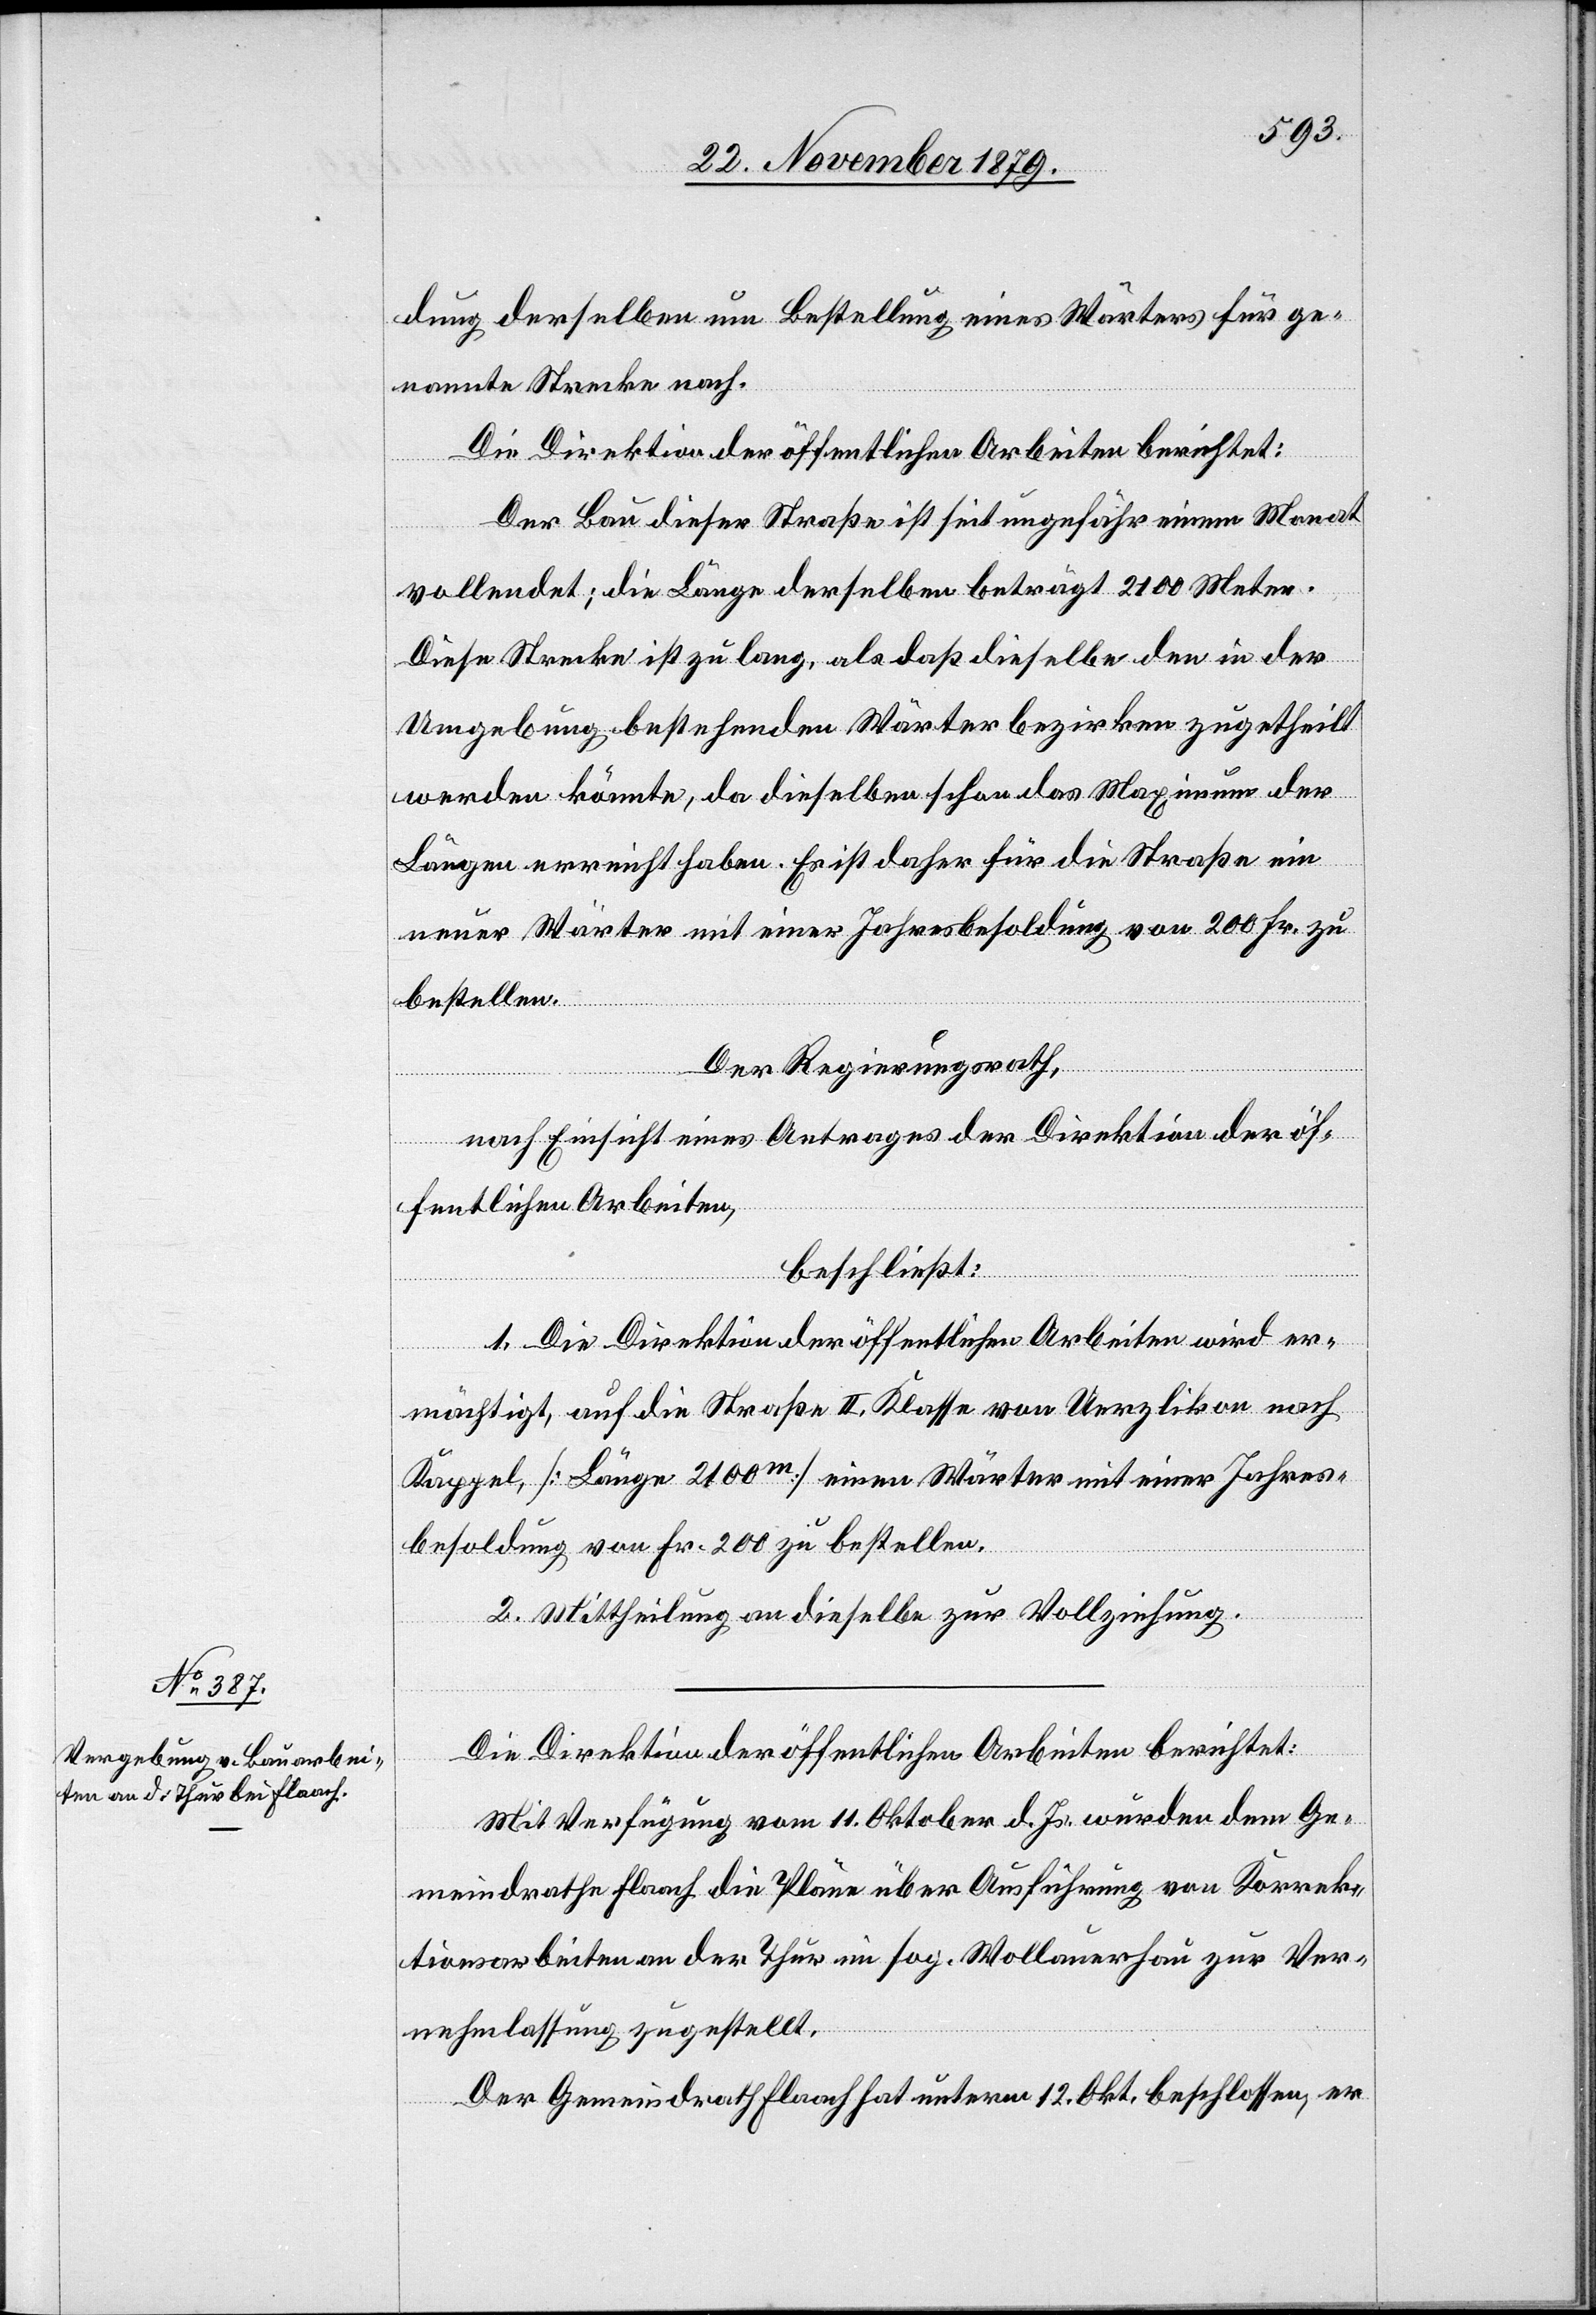
dung derselben um Bestellung eines Wärters für ge¬
nannte Strecke nach.
Die Direktion der öffentlichen Arbeiten berichtet:
Der Bau dieser Straße ist seit ungefähr einem Monat
vollendet; die Länge derselben beträgt 2100 Meter.
Diese Strecke ist zu lang, als daß dieselbe den in der
Umgebung bestehenden Wärterbezirken zugetheilt
werden könnte, da dieselben schon das Maximum der
Länge erreicht haben. Es ist daher für die Straße ein
neuer Wärter mit einer Jahresbesoldung von 200 Fr. zu
bestellen.
Der Regierungsrath,
nach Einsicht eines Antrages der Direktion der öf¬
fentlichen Arbeiten,
beschließt:
1. Die Direktion der öffentlichen Arbeiten wird er¬
mächtigt, auf die Straße II. Klasse von Uerzlikon nach
Kappel, [Länge 2100m] einen Wärter mit einer Jahres¬
besoldung von Fr. 200 zu bestellen.
2. Mittheilung an dieselbe zur Vollziehung.